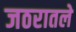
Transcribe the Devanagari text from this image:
जठरातले